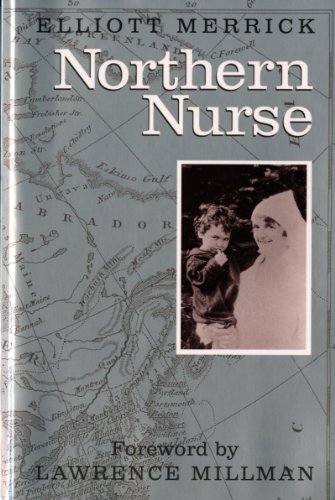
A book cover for Northern Nurse (Regional Interest); Elliott Merrick; Biographies & Memoirs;